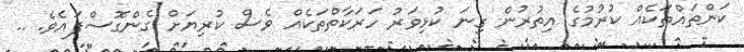
ކަންތައްތަކެއް ކުރުމުގެ އިތުރުން ގިނަ ކުޅިވަރު ހަރަކާތްތަކެއް ވެސް ކުރިޔަށް ގެންގޮސްފައެވެ. ..